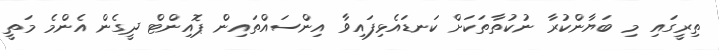
ތިރީގައި މި ބަޔާންކުރާ ނުކުތާތަކަށް ކަނޑައެޅިފައިވާ އިންސައްތައިން ޕޮއިންޓް ދީގެން އެންމެ މަތީ